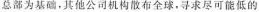
总部为基础，其他公司机构散布全球，寻求尽可能低的